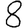
Digit: 8